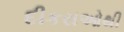
દીકરાઓથી